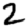
Digit: 2